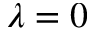
\lambda = 0